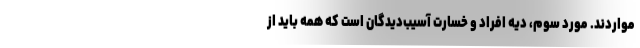
مواردند. مورد سوم، دیه افراد و خسارت آسیب‌دیدگان است که همه باید از